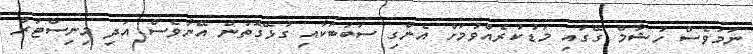
ނަމަވެސް ހުޝާމް ގޭގައި މަޑުކުރެއްވުމަށް އެންގި ސަބަބަކާއި ގުޅޭގޮތުން އޭނާވެސް އަދި މިނިސްޓަރު